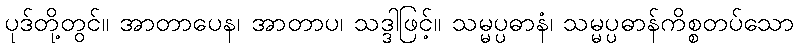
ပုဒ်တို့တွင်။ အာတာပေန၊ အာတာပ၊ သဒ္ဒါဖြင့်။ သမ္မပ္ပဓာနံ၊ သမ္မပ္ပဓာန်ကိစ္စတပ်သော